Vaccination in Burma 1920-1933 - 1920-1933
Year: 1920
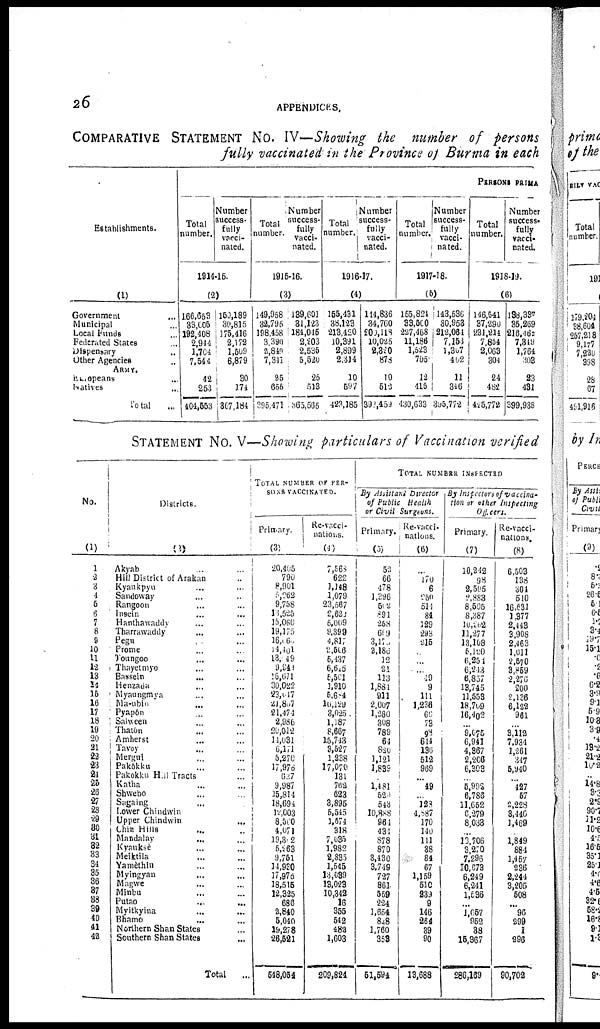
26
APPENDICES.
COMPARATIVE STATEMENT No. IV—Showing the number of persons
fully vaccinated in the Province of Burma in each
Establishments.
(1)
Government ...
Municipal ...
Local Funds ...
Federated State ...
Dispensary ...
Other Agencies...
ARMY.
Europeans ...
Natives ...
Total ...
PERSONS PRIMA
Total
number.
Number
success-
fully
vacci-
nated.
1814-15.
(2)
166,653
33,006
192,408
2,944
1,704
7,544
42
253
404,553
150,189
30,815
175,416
2,172
1,509
6,879
30
174
367,184
Total
number.
Number
success¬
fully
vacci-
nated.
1915-16.
(3)
149,958
32,795
198,458
3,390
2,849
7,311
25
655
395,471
139,601
31,123
184,045
2,203
2,535
5,520
25
513
365,565
Total
number.
Number
success-
fully
vacci-
nated.
1916-17.
(4)
155,431
38,123
213,420
10,391
2,899
2,304
10
697
423,185
144,836
34,760
200,118
10,025
2,320
878
10
513
392,459
Total
number.
Number
success-
fully
vacci-
nated.
1917-18.
(5)
155,824
33,500
227,468
11,186
1,523
765
12
416
430,633
143,536
30,953
212,064
7,153
l,307
402
11
346
395,772
Total
number.
Number
success-
fully
vacci-
nated.
1918-19.
(6)
146,541
87,290
231,214
7,854
2,063
304
24
482
425,772
138,387
35,269
216,462
7,319
1,764
303
23
431
399,938
STATEMENT No. V—Showing particulars of Vaccination verified
No.
(1)
1
2
3 4
5
6
7
8
9
10
11
12
13
14
15
16
17
18
19
20
21
22
23
24
25
26
27
28
29
30
31
32
33
34
35
36
37
38
39
40
41
42
Districts.
(2)
Akyab
...
...
Hill District of Arakan ...
Kyaukpyu ... ...
Sandoway ... ...
Rangoon ... ...
Insein ... ...
Hanthawaddy ... ...
Tharrawaddy ... ...
Pegu ... ...
Prome ... ...
Toungoo ... ...
Thayetmyo ... ...
Bassein
... ...
Henzada ... ...
Myaungmya ... ...
Ma-ubin ... ...
Pyapôn ... ...
Salween ... ...
Thatôn ... ...
Amherst ... ...
Tavoy ... ...
Mergul ... ...
Pakôkku ... ...
Pakokku Hill Tracts ...
Katha ... ...
Shwebo
...
...
Sagaing ... ...
Lower Chindwin ...
Upper Chindwin ...
Chin Hills
... ...
Mandalay
... ...
Krauksè ... ...
Meiktila ... ...
Yamèthin ... ...
Myingyan
... ... ...
Magwe ... ...
Minbu ... ...
Putao
...
...
Myitkyina ... ...
Bhamo
... ...
Northern Shan States ...
Southern Shan States ...
Total
...
TOTAL NUMBER OF PER-
---- VACCINATED.
Primary.
(3)
20,405
790
8,901
5,262
9,758
13,525
15,060
19,175
16,160
14,101
18,149
9,941
16,671
30,022
23,017
21,867
21,474
2,986
20,012
11,031
6,171
5,270
17,976
627
9,987
15,814
18,694
12,003
8,500
4,071
19,312
5,263
9,751
14,930
17,976
18,515
12,325
686
2,840
5,040
19,278
26,521
648,054
Re-vacci¬
nations.
(4)
7,568
622
1,148
1,079
23,567
2,629
5,009
9,399
1,817
2,606
5,437
6,615
5,501
1,910
6,614
10,129
8,025
1,187
8,667
15,743
3,527
1,238
17,070
131
762
623
3,895
5,545
1,674
318
7,635
1,982
2,835
1,545
18,089
18,023
10,342
16
355
542
482
1,608
209,824
TOTAL NUMBER INSPECTED
By Assistant Director
of Public Health
or Civil Surgeons.
Primary.
(5)
53
66
478
1,396
502
891
268
609
3,170
2,186
12
24
113
1,884
911
2,007
1,280
308
789
64
820
1,121
1,839
...
1,481
521
543
10,888
961
431
878
870
3,430
3,749
727
861
559
224
1,654
848
1,760
353
51,594
Re-vacci¬
nations.
(6)
...
170
6
250
514
84
129
293
215
...
...
... 19
9
111
1,238
66
73
98
644
136
512
969
... 49
... 123
4,287
170
140
111
38
84
67
1,159
510
239
9
146
264
39
90
13,688
By Inspector of vaccina-
tion or other Inspecting
Officers.
Primary.
(7)
10,242
98
2,505
2,883
8,595
8,387
10,262
11,277
13,108
5,120
6,254
6,243
6,857
13,745
11,553
18,709
16,402
...
9,075
6,911
4,367
2,206
6,308
... 5,992
6,786
11,652
6,272
8,033
... 13,706
3,270
7,296
10,673
6,249
6,241
1,536
... l,057
952
38
15,367
286,169
Re-vacc¬
nations.
(8)
6,503
138
301
510
16,631
1,377
2,443
3,908
2,463
1,011
2,570
3,859
2,276
200
2,126
6,122
961
...
3,112
7,934
1,261
347
5,940
...
427
57
2,228
8,446
1,469
... 1,849
884
1,457
236
2,244
3,205
508
... 96
299
1
296
90,702